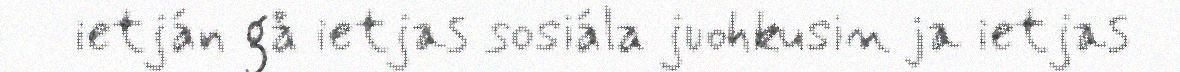
ietján gå ietjas sosiála juohkusin ja ietjas